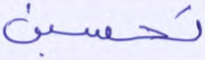
تحسبن